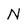
Character: N